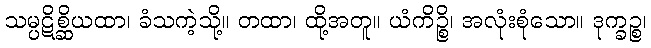
သမ္ပဋိစ္ဆိယထာ၊ ခံသကဲ့သို့။ တထာ၊ ထို့အတူ။ ယံကိဉ္စိ၊ အလုံးစုံသော။ ဒုက္ခဉ္စ၊